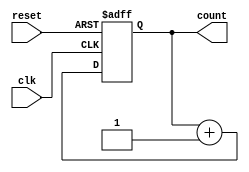
module counter #(
  parameter BIT_SIZE = 4
)(
  input wire clk,
  input wire reset,
  output reg [BIT_SIZE-1:0] count
);

always @(posedge clk or posedge reset) begin
  if (reset) begin
    count <= 0;
  end else begin
    count <= count + 1;
  end
end

endmodule